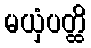
မယှံပတ္ထိ